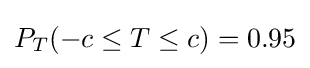
P_{T}(-c\leq T\leq c)=0.95